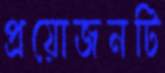
প্রয়োজনটি